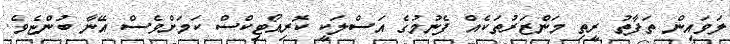
ލަވައިން ތަފާތު ރީތި މަންޒަރުތަކެއް ފެނުމުގެ އަސްލަކީ ކޮރިއޯޓިކްސް ކަމަށްވެސް އޭނާ ބުންޏެވެ.